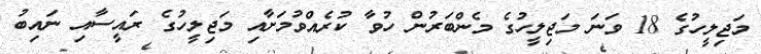
މަޖިލީހުގެ 18 ވަނަ މަޖިލީހުގެ މެންބަރުން ހުވާ ކުރެއްވުމަށާއި މަޖިލީހުގެ ރައީސާއި ނައިބު